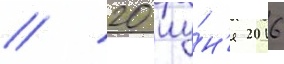
// 20 иу́н'я 2016